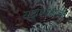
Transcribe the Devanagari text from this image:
राष्ट्राध्यक्षांची